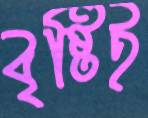
বৃষ্টিই